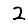
Digit: 2